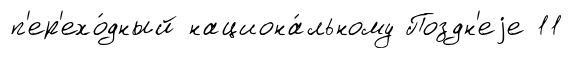
п'ер'ехо́дный национа́льному Поздн'еjе 11